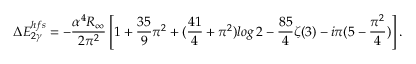
\Delta E _ { 2 \gamma } ^ { h f s } = - \frac { \alpha ^ { 4 } R _ { \infty } } { 2 \pi ^ { 2 } } \left[ 1 + \frac { 3 5 } { 9 } \pi ^ { 2 } + ( \frac { 4 1 } { 4 } + \pi ^ { 2 } ) l o g \, 2 - \frac { 8 5 } { 4 } \zeta ( 3 ) - i \pi ( 5 - \frac { \pi ^ { 2 } } { 4 } ) \right] .